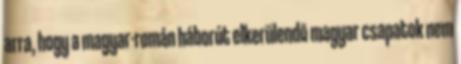
arra, hogy a magyar-román háborút elkerülendõ magyar csapatok nem